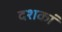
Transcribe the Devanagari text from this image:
दशकां